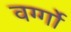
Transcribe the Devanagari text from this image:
वर्ग्गो